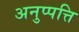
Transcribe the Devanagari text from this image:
अनुप्पत्ति